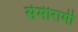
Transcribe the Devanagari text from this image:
सेमीरामी